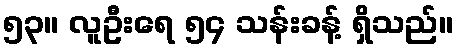
၅၃။ လူဦးရေ ၅၄ သန်းခန့် ရှိသည်။